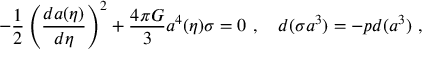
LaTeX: - { \frac { 1 } { 2 } } \left( { \frac { d a ( \eta ) } { d \eta } } \right) ^ { 2 } + { \frac { 4 \pi G } { 3 } } a ^ { 4 } ( \eta ) \sigma = 0 \ , \quad d ( \sigma a ^ { 3 } ) = - p d ( a ^ { 3 } ) \ ,